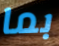
بما